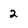
Character: 2